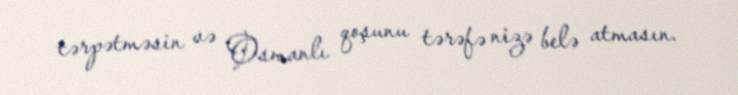
tərpətməsin və Osmanlı qoşunu tərəfə nizə belə atmasın.